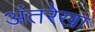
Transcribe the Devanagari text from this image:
अंतरेखा